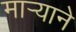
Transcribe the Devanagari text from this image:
मार्‍याने